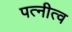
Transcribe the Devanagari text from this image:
पत्नीत्व